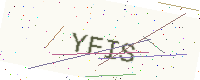
Text: YFIS